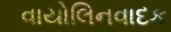
વાયોલિનવાદક